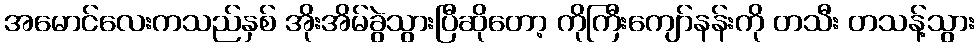
အမောင်လေးကသည်နှစ် အိုးအိမ်ခွဲသွားပြီဆိုတော့ ကိုကြီးကျော်နန်းကို တသီး တသန့်သွား